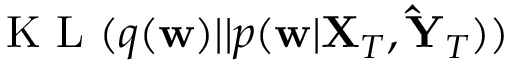
\textrm { K L } ( q ( \mathbf { w } ) | | p ( \mathbf { w } | \mathbf { X } _ { T } , \mathbf { \hat { Y } } _ { T } ) )